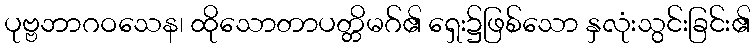
ပုဗ္ဗဘာဂဝသေန၊ ထိုသောတာပတ္တိမဂ်၏ ရှေး၌ဖြစ်သော နှလုံးသွင်းခြင်း၏